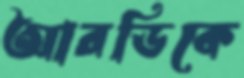
আরডিকে